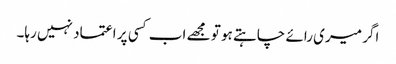
اگر میری رائے چاہتے ہو تو مجھے اب کسی پر اعتماد نہیں رہا۔